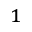
_ 1